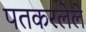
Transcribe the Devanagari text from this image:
पतकरलेले